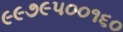
૯૯૭૯૫૦૦૧૬૦